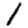
Digit: 1